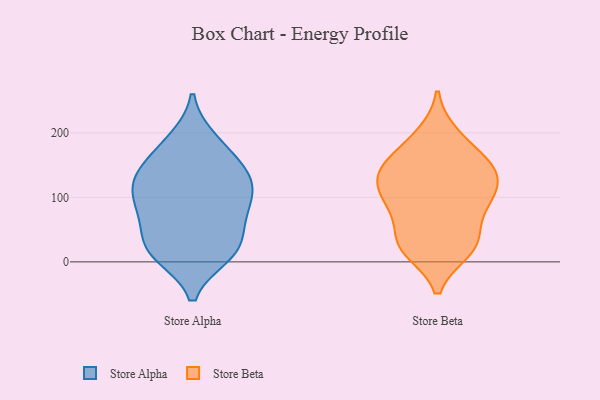
{"axis": {"x": "Waste Production (Tons)", "y": "Value"}, "legend": ["Store Alpha", "Store Beta"], "data": [{"x": "", "y": 112, "type": "Store Alpha"}, {"x": "", "y": 30, "type": "Store Alpha"}, {"x": "", "y": 148, "type": "Store Alpha"}, {"x": "", "y": 125, "type": "Store Alpha"}, {"x": "", "y": 81, "type": "Store Alpha"}, {"x": "", "y": 14, "type": "Store Alpha"}, {"x": "", "y": 132, "type": "Store Alpha"}, {"x": "", "y": 92, "type": "Store Alpha"}, {"x": "", "y": 183, "type": "Store Alpha"}, {"x": "", "y": 189, "type": "Store Alpha"}, {"x": "", "y": 148, "type": "Store Alpha"}, {"x": "", "y": 11, "type": "Store Alpha"}, {"x": "", "y": 18, "type": "Store Alpha"}, {"x": "", "y": 23, "type": "Store Alpha"}, {"x": "", "y": 118, "type": "Store Alpha"}, {"x": "", "y": 72, "type": "Store Alpha"}, {"x": "", "y": 71, "type": "Store Alpha"}, {"x": "", "y": 154, "type": "Store Beta"}, {"x": "", "y": 25, "type": "Store Beta"}, {"x": "", "y": 90, "type": "Store Beta"}, {"x": "", "y": 19, "type": "Store Beta"}, {"x": "", "y": 196, "type": "Store Beta"}, {"x": "", "y": 90, "type": "Store Beta"}, {"x": "", "y": 29, "type": "Store Beta"}, {"x": "", "y": 143, "type": "Store Beta"}, {"x": "", "y": 31, "type": "Store Beta"}, {"x": "", "y": 27, "type": "Store Beta"}, {"x": "", "y": 139, "type": "Store Beta"}, {"x": "", "y": 137, "type": "Store Beta"}, {"x": "", "y": 94, "type": "Store Beta"}, {"x": "", "y": 132, "type": "Store Beta"}, {"x": "", "y": 188, "type": "Store Beta"}, {"x": "", "y": 108, "type": "Store Beta"}, {"x": "", "y": 148, "type": "Store Beta"}, {"x": "", "y": 87, "type": "Store Beta"}]}